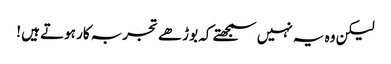
لیکن وہ یہ نہیں سمجھتے کہ بوڑھے تجربہ کار ہوتے ہیں !